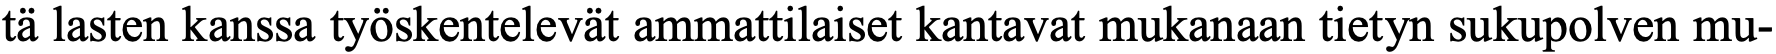
tä lasten kanssa työskentelevät ammattilaiset kantavat mukanaan tietyn sukupolven mu-